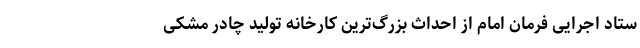
ستاد اجرایی فرمان امام از احداث بزرگ‌ترین کارخانه تولید چادر مشکی